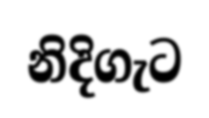
නිදිගැට